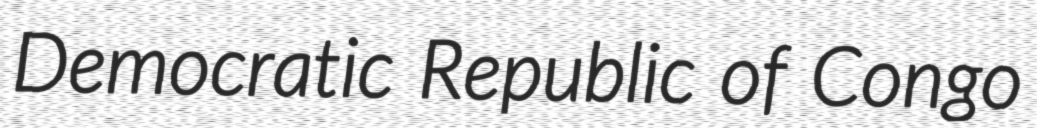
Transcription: Democratic Republic of Congo